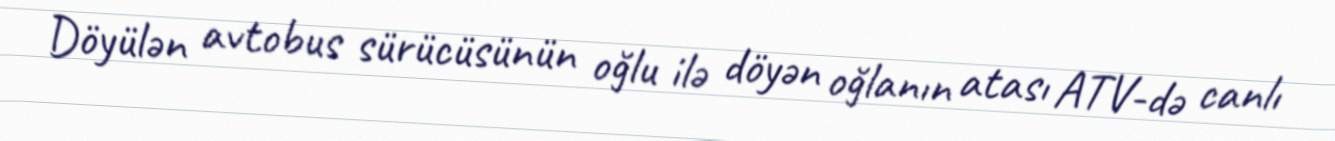
Döyülən avtobus sürücüsünün oğlu ilə döyən oğlanın atası ATV-də canlı